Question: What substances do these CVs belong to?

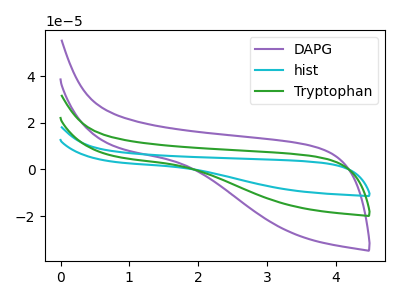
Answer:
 <answer>The purple curve is labeled "DAPG". The cyan curve is labeled "hist". The green curve is labeled "Tryptophan".</answer>
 <eval></eval>